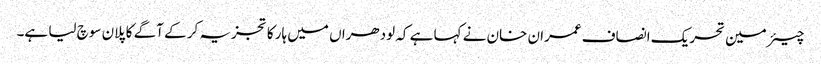
چیئرمین تحریک انصاف عمران خان نے کہا ہے کہ لودھراں میں ہار کا تجزیہ کر کے آگے کا پلان سوچ لیا ہے۔